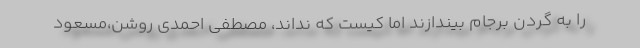
را به گردن برجام بیندازند اما کیست که نداند، مصطفی احمدی روشن،مسعود